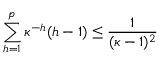
\sum _ { h = 1 } ^ { p } \kappa ^ { - h } ( h - 1 ) \leq \frac { 1 } { ( \kappa - 1 ) ^ { 2 } }